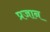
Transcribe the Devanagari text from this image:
प्रजान